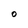
Character: O